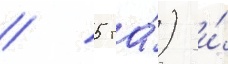
/ 5 га́) и́